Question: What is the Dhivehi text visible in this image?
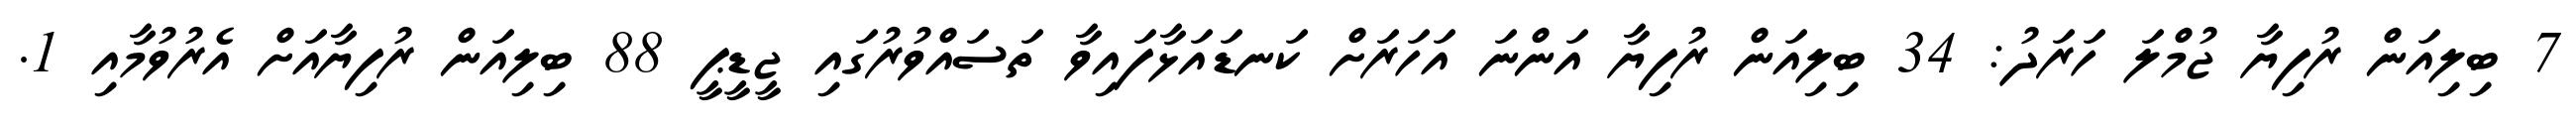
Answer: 7 ބިލިއަން ރުފިޔާ ޖުމްލަ ހަރަދު: 34 ބިލިއަން ރުފިޔާ އަންނަ އަހަރަށް ކަނޑައަޅާފައިވާ ތަސައްވުރުގައި ޖީޑީޕީ 88 ބިލިއަން ރުފިޔާއަށް އެރުވުމާއި 1.